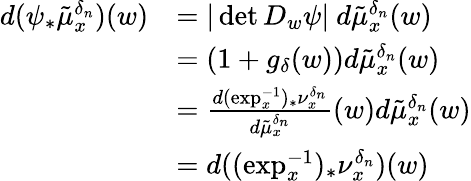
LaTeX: \begin{array}{rl}{d(\psi_{*}\tilde{\mu}_{x}^{\delta_{n}})(w)}&{=|\operatorname*{det}D_{w}\psi|\ d\tilde{\mu}_{x}^{\delta_{n}}(w)}\\ &{=(1+g_{\delta}(w))d\tilde{\mu}_{x}^{\delta_{n}}(w)}\\ &{=\frac{d(\exp_{x}^{-1})_{*}\nu_{x}^{\delta_{n}}}{d\tilde{\mu}_{x}^{\delta_{n}}}(w)d\tilde{\mu}_{x}^{\delta_{n}}(w)}\\ &{=d((\exp_{x}^{-1})_{*}\nu_{x}^{\delta_{n}})(w)}\end{array}